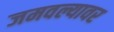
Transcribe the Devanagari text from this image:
जमवल्यावर